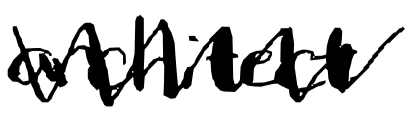
Text: architect
Cross-out: zig-zag
Writing tool: digital_black